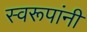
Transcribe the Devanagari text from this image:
स्वरूपांनी